Civil Veterinary Dept. Assam report 1927-50 - 1927-1950
Year: 1927
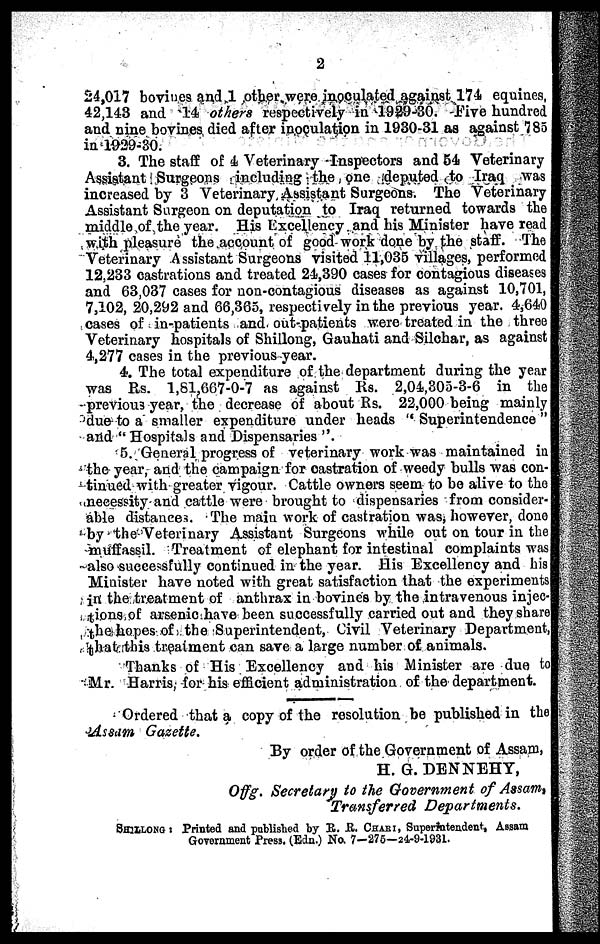
2
24,017 bovines and 1 other were inoculated against 174 equines,
42,143 and 14 others respectively in 1929-30. Five hundred
and nine bovines died after inoculation in 1930-31 as against 785
in 1029-30.
3. The staff of 4 Veterinary Inspectors and 54 Veterinary
Assistant Surgeons including the one deputed to Iraq was
increased by 3 Veterinary Assistant Surgeons. The Veterinary
Assistant Surgeon on deputation to Iraq returned towards the
middle of the year. His Excellency and his Minister have read
with pleasure the account of good work done by the staff. The
Veterinary Assistant Surgeons visited 11,035 villages, performed
12,233 castrations and treated 24,390 cases for contagious diseases
and 63,037 cases for non-contagious diseases as against 10,701,
7,102, 20,292 and 66,365, respectively in the previous year. 4,640
cases of in-patients and out-patients were treated in the three
Veterinary hospitals of Shillong, Gauhati and Silchar, as against
4,277 cases in the previous year.
4. The total expenditure of the department during the year
was Rs. 1,81,667-0-7 as against Rs. 2,04,305-3-6 in the
previous year, the decrease of about Rs. 22,000 being mainly
due to a smaller expenditure under heads " Superintendence "
and "Hospitals and Dispensaries ".
5. General progress of veterinary work was maintained in
the year, and the campaign for castration of weedy bulls was con-
tinued with greater vigour. Cattle owners seem to be alive to the
necessity and cattle were brought to dispensaries from consider-
able distances. The main work of castration was, however, done
by the Veterinary Assistant Surgeons while out on tour in the
muffassil. Treatment of elephant for intestinal complaints was
also successfully continued in the year. His Excellency and his
Minister have noted with great satisfaction that the experiments
in the treatment of anthrax in bovines by the intravenous injec-
tions of arsenic have been successfully carried out and they share
the hopes of the Superintendent, Civil Veterinary Department,
that this treatment can save a large number of animals.
Thanks of His Excellency and his Minister are due to
Mr. Harris, for his efficient administration of the department.
Ordered that a copy of the resolution be published in the
Assam Gazette.
By order of the Government of Assam,
H. G. DENNEHY,
Offg. Secretary to the Government of Assam,
Transferred
Departments.
SHIILONG, Printed and published by R. R. CHARI, Superintendent, Assam
Gorernment Press. (Edn.) No 7-275—24-9-1631.